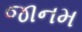
જાનમ